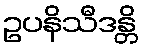
ဥပနိသီဒန္တိ